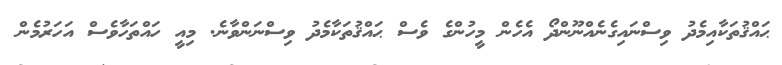
ޙައްޤުތަކާއިމެދު ވިސްނައިގެނެއްނޫންދޯ އެހެން މީހުންގެ ވެސް ޙައްޤުތަކާމެދު ވިސްނަންވާނެ. މިއީ ހައްތަހާވެސް އަހަރުމެން